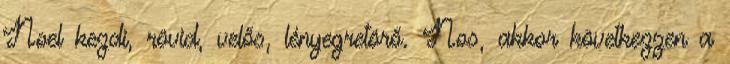
Noel kezdi, rövid, velős, lényegretörő. Nos, akkor következzen a